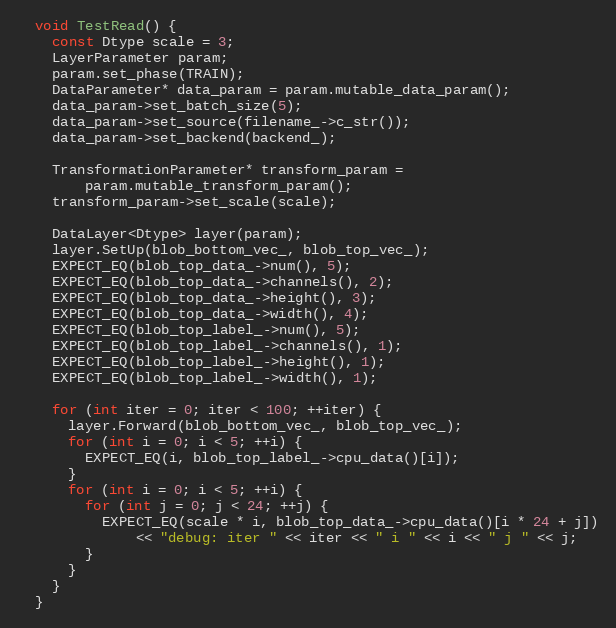
Language: C++
  void TestRead() {
    const Dtype scale = 3;
    LayerParameter param;
    param.set_phase(TRAIN);
    DataParameter* data_param = param.mutable_data_param();
    data_param->set_batch_size(5);
    data_param->set_source(filename_->c_str());
    data_param->set_backend(backend_);

    TransformationParameter* transform_param =
        param.mutable_transform_param();
    transform_param->set_scale(scale);

    DataLayer<Dtype> layer(param);
    layer.SetUp(blob_bottom_vec_, blob_top_vec_);
    EXPECT_EQ(blob_top_data_->num(), 5);
    EXPECT_EQ(blob_top_data_->channels(), 2);
    EXPECT_EQ(blob_top_data_->height(), 3);
    EXPECT_EQ(blob_top_data_->width(), 4);
    EXPECT_EQ(blob_top_label_->num(), 5);
    EXPECT_EQ(blob_top_label_->channels(), 1);
    EXPECT_EQ(blob_top_label_->height(), 1);
    EXPECT_EQ(blob_top_label_->width(), 1);

    for (int iter = 0; iter < 100; ++iter) {
      layer.Forward(blob_bottom_vec_, blob_top_vec_);
      for (int i = 0; i < 5; ++i) {
        EXPECT_EQ(i, blob_top_label_->cpu_data()[i]);
      }
      for (int i = 0; i < 5; ++i) {
        for (int j = 0; j < 24; ++j) {
          EXPECT_EQ(scale * i, blob_top_data_->cpu_data()[i * 24 + j])
              << "debug: iter " << iter << " i " << i << " j " << j;
        }
      }
    }
  }